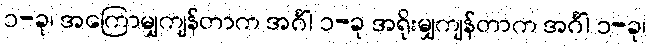
၁-ခု၊ အကြောမျှကျန်တာက အင်္ဂါ ၁-ခု အရိုးမျှကျန်တာက အင်္ဂါ ၁-ခု၊